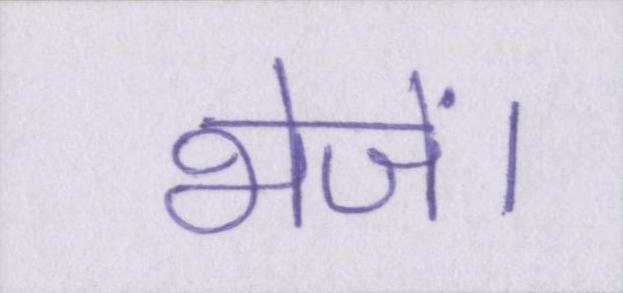
भेजें।